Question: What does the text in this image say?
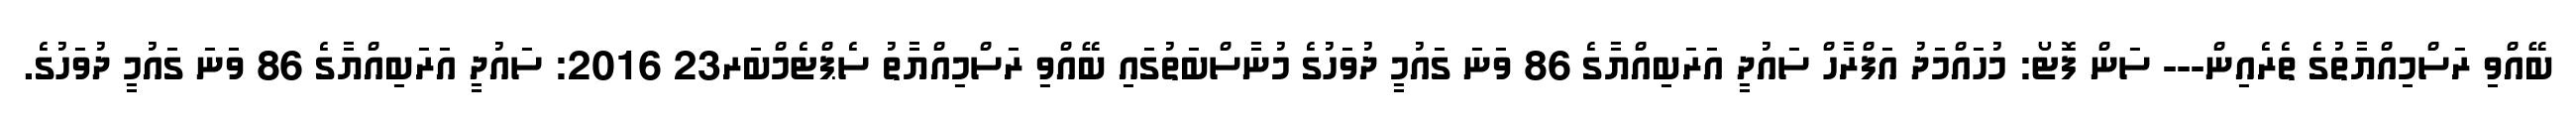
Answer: ބޭއްވި ރަސްމިއްޔާތުގެ ތެރެއިން--- ސަން ފޮޓޯ: މުހައްމަދު އަފްރާހް ސައުދީ އަރަބިއްޔާގެ 86 ވަނަ ގައުމީ ދުވަހުގެ މުނާސްބަތުގައި ބޭއްވި ރަސްމިއްޔާތު ސެޕްޓެމްބަރ23 2016: ސައުދީ އަރަބިއްޔާގެ 86 ވަނަ ގައުމީ ދުވަހުގެ.